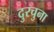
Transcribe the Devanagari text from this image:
दुरचुना